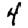
Digit: 4